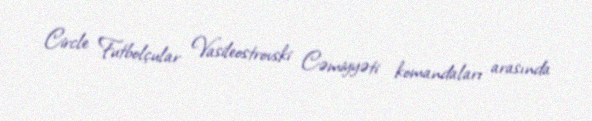
Circle Futbolçular Vasileostrovski Cəmiyyəti komandaları arasında